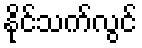
နိုင်သက်လွင်